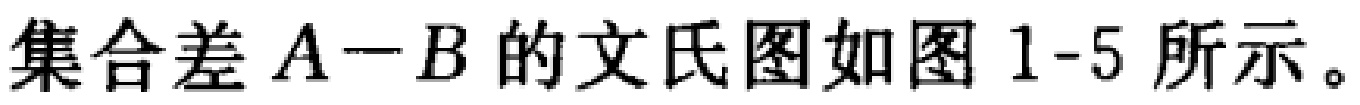
集合差 \(A - B\) 的文氏图如图 1-5 所示。